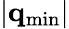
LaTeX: |\mathbf{q}_{\mathrm{min}}|